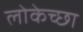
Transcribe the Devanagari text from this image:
लोकेच्छा